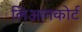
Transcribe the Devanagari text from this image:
लिआनकोर्ट